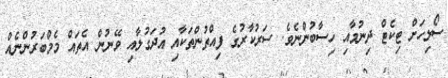
ސޯލިހަށް ޓިކެޓް ދިނުމާއި ހިސާބުންނެވެ. ސަރުކާރުގެ ފިއްތުންތަކާއި އުދަގުލާއި ވޭނުން އެތައް މެމްބަރުންނެއް